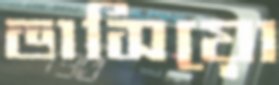
ভাসিয়ো